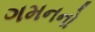
ગમનનો